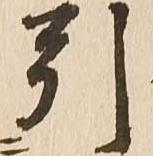
引